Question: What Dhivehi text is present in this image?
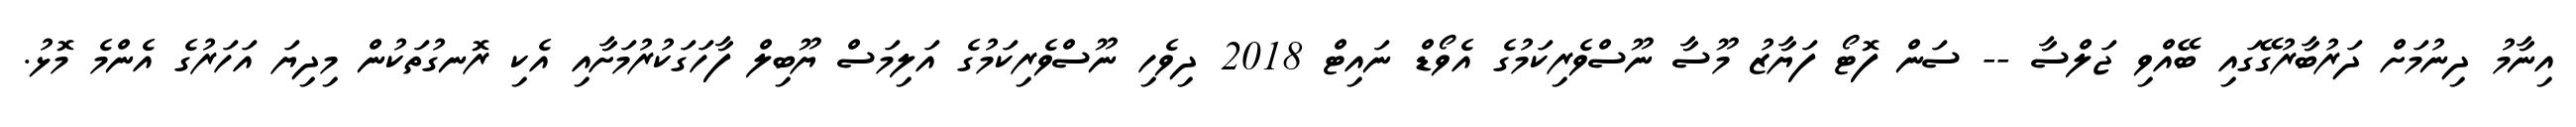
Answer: އިނާމު ދިނުމަށް ދަރުބާރުގޭގައި ބޭއްވި ޖަލްސާ -- ސަން ފޮޓޯ ފަޔާޒު މޫސާ ނޫސްވެރިކަމުގެ އެވޯޑް ނައިޓް 2018 ދިވެހި ނޫސްވެރިކަމުގެ އަލިމަސް ޔޫބިލް ފާހަގަކުރުމަށާއި އެކި ރޮނގުތަކުން މިދިޔަ އަހަރުގެ އެންމެ މޮޅު.